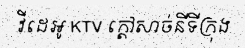
វីដេអូ KTV ក្តៅសាច់នីទីក្រុង